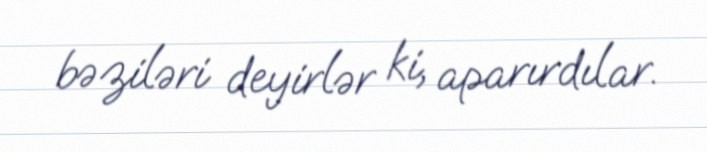
bəziləri deyirlər ki, aparırdılar.